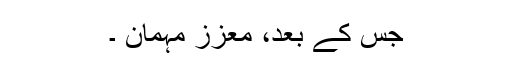
جس کے بعد، معزز مہمان ۔